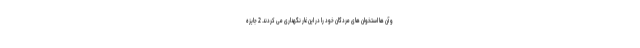
و آن ها استخوان های مردگان خود را در این غار نگهداری می کردند. 2 جایزه